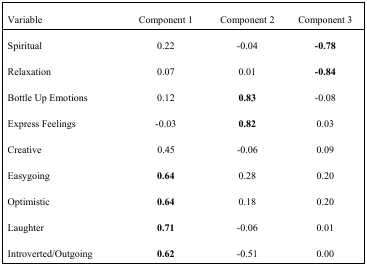
<table><thead><tr><td><b>Variable</b></td><td><b>Component 1</b></td><td><b>Component 2</b></td><td><b>Component 3</b></td></tr></thead><tbody><tr><td>Spiritual</td><td>0.22</td><td>−0.04</td><td><b>−0.78</b></td></tr><tr><td>Relaxation</td><td>0.07</td><td>0.01</td><td><b>−0.84</b></td></tr><tr><td>Bottle Up Emotions</td><td>0.12</td><td><b>0.83</b></td><td>−0.08</td></tr><tr><td>Express Feelings</td><td>−0.03</td><td><b>0.82</b></td><td>0.03</td></tr><tr><td>Creative</td><td>0.45</td><td>−0.06</td><td>0.09</td></tr><tr><td>Easygoing</td><td><b>0.64</b></td><td>0.28</td><td>0.20</td></tr><tr><td>Optimistic</td><td><b>0.64</b></td><td>0.18</td><td>0.20</td></tr><tr><td>Laughter</td><td><b>0.71</b></td><td>−0.06</td><td>0.01</td></tr><tr><td>Introverted/Outgoing</td><td><b>0.62</b></td><td>−0.51</td><td>0.00</td></tr></tbody></table>